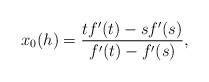
\begin{align*}x_0(h)=\frac{tf'(t)-sf'(s)}{ f'(t)-f'(s)}, \end{align*}